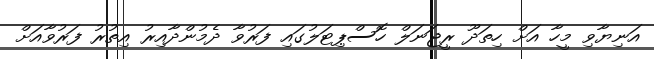
އަނިޔާވި މީހާ އަށް ހިތަދޫ ރީޖަނަލް ހޮސްޕިޓަލުގައި ފަރުވާ ދެމުންދާއިރު އިތުރު ފަރުވާއަށް